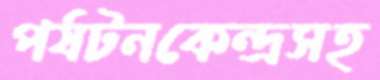
পর্যটনকেন্দ্রসহ